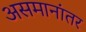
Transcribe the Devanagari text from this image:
असमानांतर